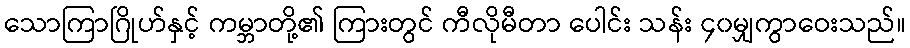
သောကြာဂြိုဟ်နှင့် ကမ္ဘာတို့၏ ကြားတွင် ကီလိုမီတာ ပေါင်း သန်း ၄၀မျှကွာဝေးသည်။